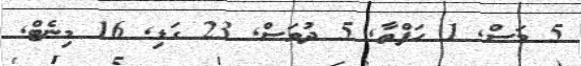
5 މަސް